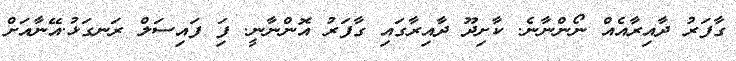
ގާފަރު ދާއިރާއެއް ނޯންނާނެ. ކާށިދޫ ދާއިރާގައި ގާފަރު އޮންނާނީީ. ފަަި ފައިސަލް ރަނގަޅު.އޭނާއަށް